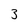
Character: 3